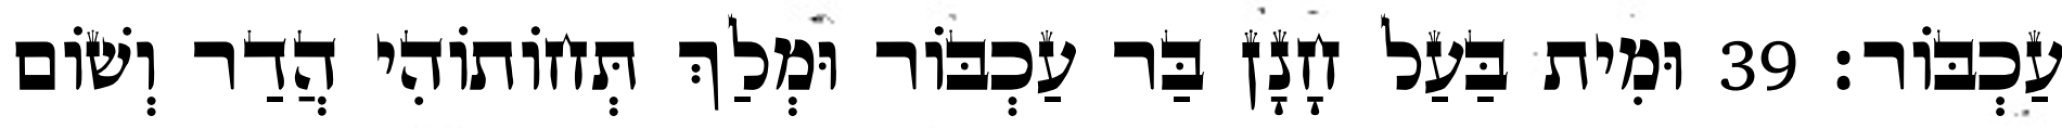
עַכְבּוֹר׃ 39 וּמִית בַּעַל חָנָן בַּר עַכְבּוֹר וּמְלַךְ תְּחוֹתוֹהִי הֲדַר וְשׁוֹם